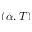
( \alpha , T )